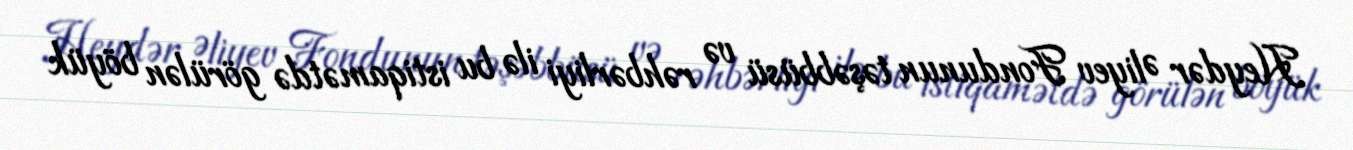
Heydər Əliyev Fondunun təşəbbüsü və rəhbərliyi ilə bu istiqamətdə görülən böyük